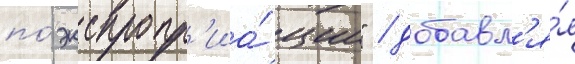
по́ экспропр'иа́ции" / добавл'я́я